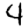
Digit: 4